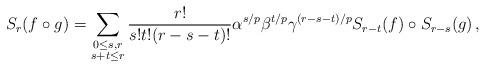
LaTeX: \begin{align*}S_{r} (f \circ_{} g)= \sum_{\substack{ 0\leq s,r \\ s+t\leq r}} \frac{r!}{s!t!(r-s-t)!} \alpha^{s/p} \beta^{t/p} \gamma^{(r-s-t)/p} S_{r-t}(f) \circ_{} S_{r-s}(g) \,,\end{align*}